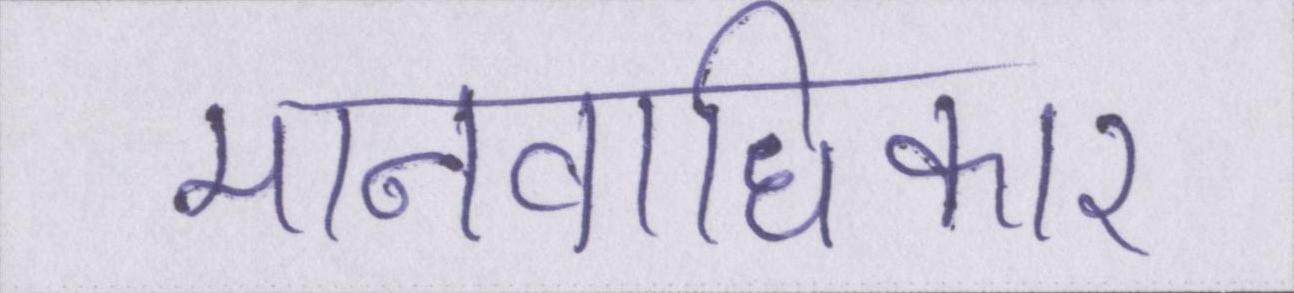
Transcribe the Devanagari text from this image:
मानवाधिकार